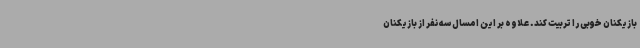
بازیکنان خوبی را تربیت کند. علاوه بر این امسال سه نفر از بازیکنان